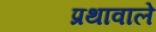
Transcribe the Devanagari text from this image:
प्रथावाले